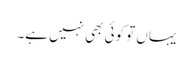
یہاں تو کوئی بھی نہیں ہے۔